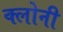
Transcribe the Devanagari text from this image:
क्लोनी